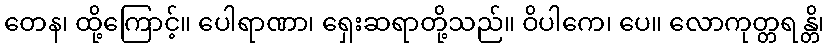
တေန၊ ထို့ကြောင့်။ ပေါရာဏာ၊ ရှေးဆရာတို့သည်။ ဝိပါကေ၊ ပေ။ လောကုတ္တရန္တိ၊